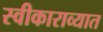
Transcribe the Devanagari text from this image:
स्वीकाराव्यात